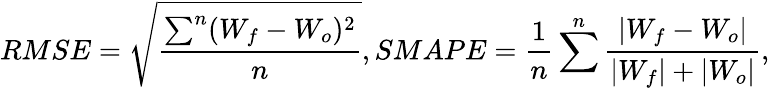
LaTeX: RMSE=\sqrt{\frac{\sum^{n}(W_{f}-W_{o})^{2}}{n}},SMAPE=\frac{1}{n}\sum^{n}\frac{\left|W_{f}-W_{o}\right|}{\left|W_{f}\right|+\left|W_{o}\right|},